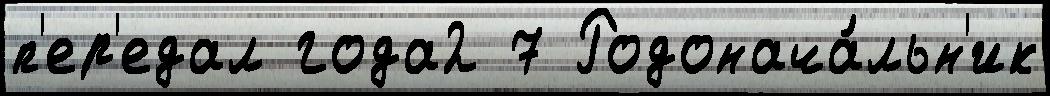
п'ер'едал года2 7 Родонача́льн'ик